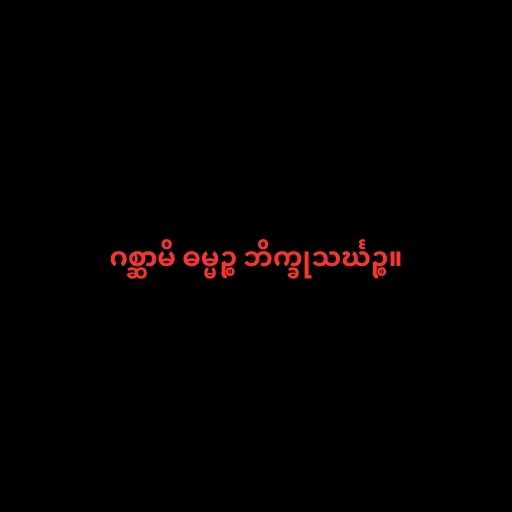
ဂစ္ဆာမိ ဓမ္မဉ္စ ဘိက္ခုသင်္ဃဉ္စ။